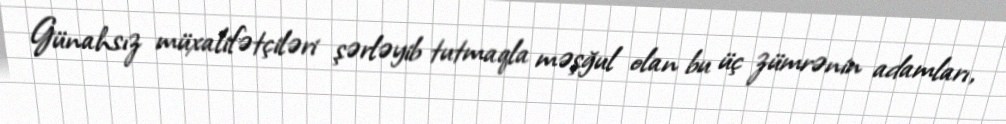
Günahsız müxalifətçiləri şərləyib tutmaqla məşğul olan bu üç zümrənin adamları,